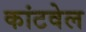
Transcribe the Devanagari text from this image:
कांटवेल